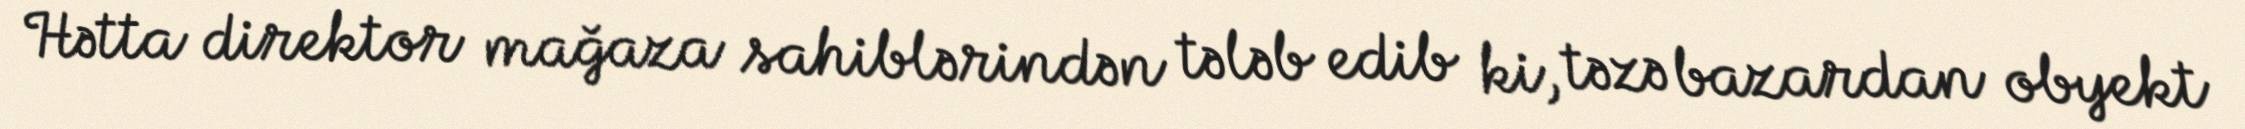
Hətta direktor mağaza sahiblərindən tələb edib ki, təzə bazardan obyekt